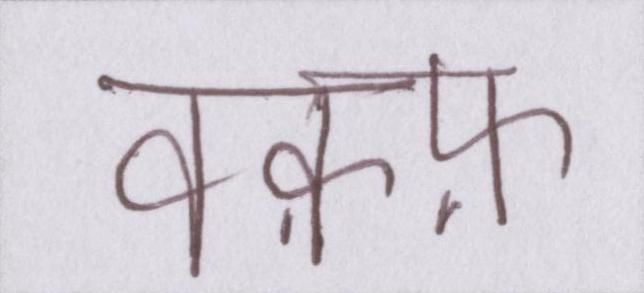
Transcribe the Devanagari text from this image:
वक़्फ़